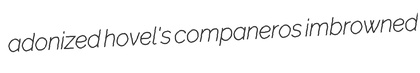
adonized hovel's companeros imbrowned